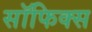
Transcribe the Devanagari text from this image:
सॉफिक्स